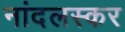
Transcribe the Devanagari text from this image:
नांदलस्कर